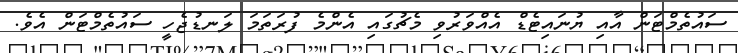
ސައުތެމްޓަން އާއި ޔުނައިޓެޑް އެއްވަރުވި މެޗުގައި އެންމެ ފުރަތަމަ ލަނޑުޖެހީ ސައުތެމްޓަން އެވެ.